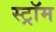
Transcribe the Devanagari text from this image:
स्ट्रॉम